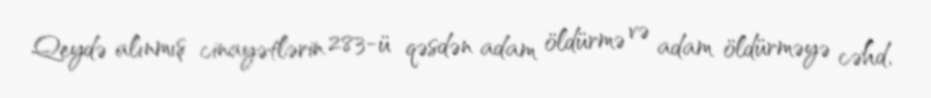
Qeydə alınmış cinayətlərin 283-ü qəsdən adam öldürmə və adam öldürməyə cəhd,